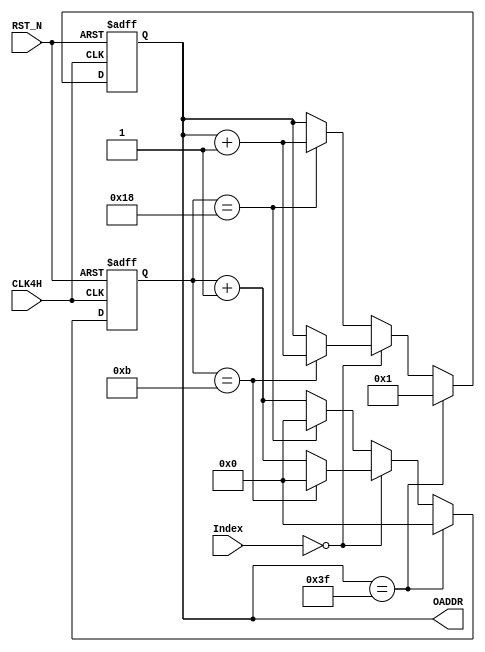
//
//
//
//
//		4HzCLKROM
////////////////////////////////////////////////

module NODE(CLK4H,RST_N,OADDR,Index);
input CLK4H,RST_N;
input[3:0] Index;
output[6:0] OADDR;
reg[6:0] OADDR;
reg[7:0] CO;

parameter MAX=7'd63; //
parameter COM=8'H18; //
always@(posedge CLK4H or negedge RST_N)
begin
    if (~RST_N) //
	 begin
	     OADDR<=7'b000001;
		  CO<=8'H00;
	 end
    else 
	     if(OADDR == MAX ) //ROM
		  begin
		      OADDR<=7'b000001;
				CO<=8'H00;
		  end
		  else if (Index == 4'b0000 ) //0
		      begin
					if (CO == 8'H0B)
					begin
					    OADDR<=OADDR + 1'b1;
					    CO<=8'H00;
					end
					else
					    CO<=CO + 1'b1;
				end
				else if (CO == COM) //0COM
		      begin
					OADDR<=OADDR + 1'b1;
					CO<=8'H00;
				end
				else
			      CO<=CO + 1'b1;
			
end
endmodule